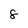
Character: 8